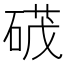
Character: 𮵕